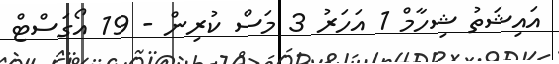
އައިޝަތު ޝިހާމް 1 އަހަރު 3 މަސް ކުރިން - 19 އޯގަސްޓް